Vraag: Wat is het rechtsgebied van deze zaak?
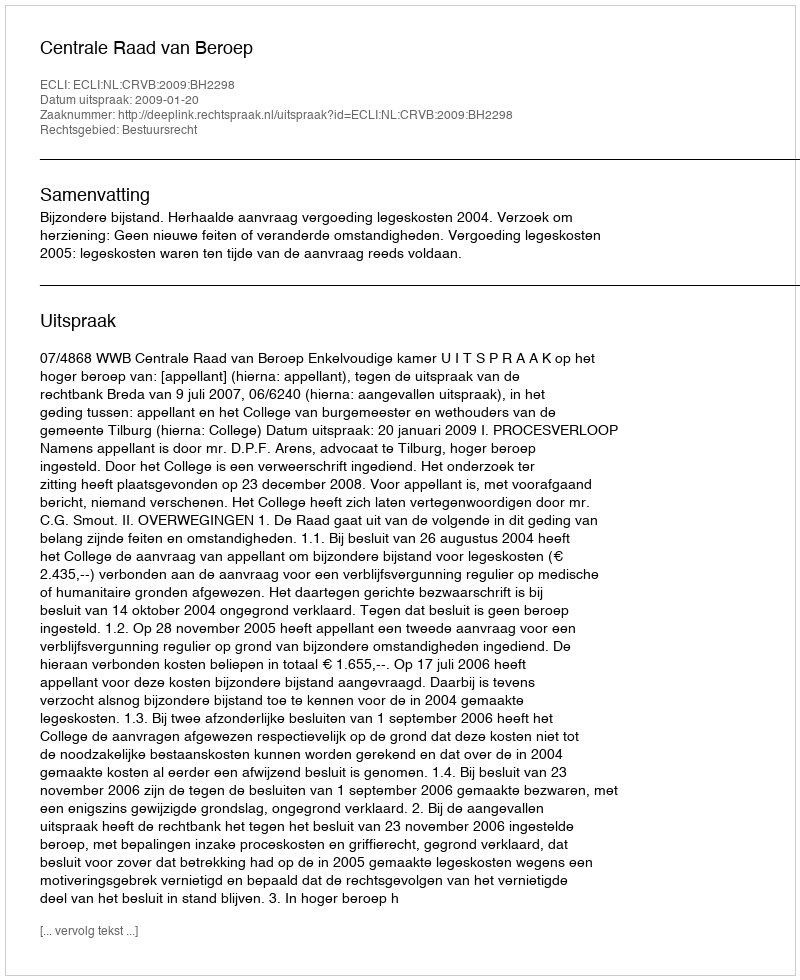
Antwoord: Bestuursrecht